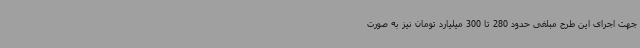
جهت اجرای این طرح مبلغی حدود 280 تا 300 میلیارد تومان نیز به صورت